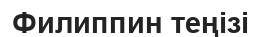
Филиппин теңізі